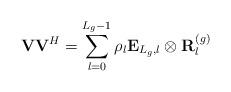
LaTeX: \begin{align*}\mathbf{V}\mathbf{V}^H =\sum_{l=0}^{L_g-1} \rho_l \mathbf{E}_{L_g,l} \otimes \mathbf{R}_l^{(g)}\end{align*}